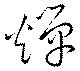
燀